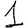
Digit: 1